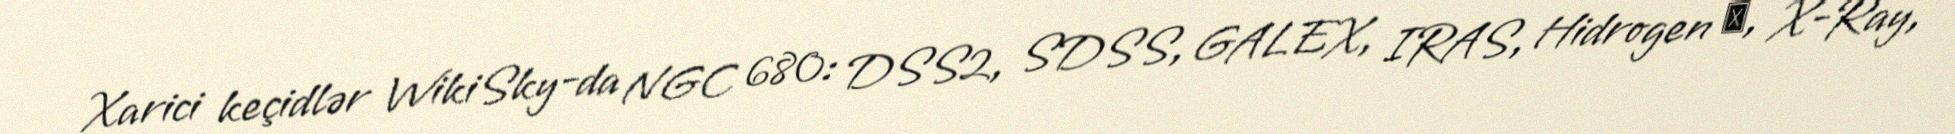
Xarici keçidlər WikiSky-da NGC 680: DSS2, SDSS, GALEX, IRAS, Hidrogen α, X-Ray,